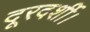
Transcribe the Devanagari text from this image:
दूरदर्शी।